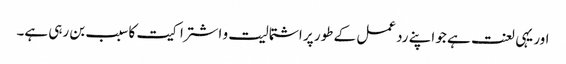
اور یہی لعنت ہے جو اپنے رد عمل کے طور پر اشتمالیت و اشتراکیت کا سبب بن رہی ہے۔